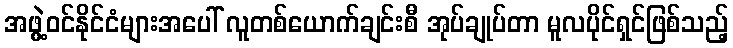
အဖွဲ့ဝင်နိုင်ငံများအပေါ် လူတစ်ယောက်ချင်းစီ အုပ်ချုပ်တာ မူလပိုင်ရှင်ဖြစ်သည့်